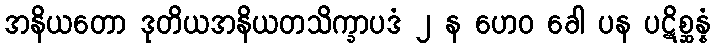
အနိယတော ဒုတိယအနိယတသိက္ခာပဒံ ၂ န ဟေဝ ခေါ ပန ပဋိစ္ဆန္နံ